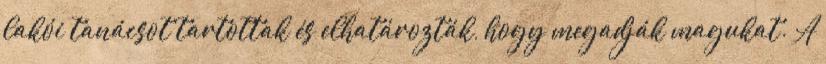
lakói tanácsot tartottak és elhatározták, hogy megadják magukat. A